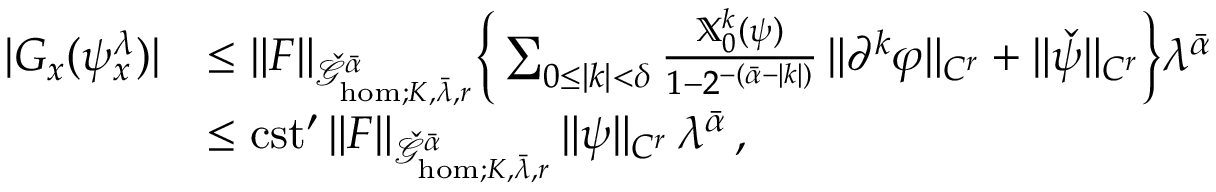
\begin{array} { r l } { | G _ { x } ( \psi _ { x } ^ { \lambda } ) | } & { \le \| F \| _ { \check { \mathcal { G } } _ { \mathrm { h o m } ; K , \bar { \lambda } , r } ^ { \bar { \alpha } } } \bigg \{ \sum _ { 0 \le | k | < \delta } \frac { \mathbb { X } _ { 0 } ^ { k } ( \psi ) } { 1 - 2 ^ { - ( \bar { \alpha } - | k | ) } } \, \| \partial ^ { k } \varphi \| _ { C ^ { r } } + \| \check { \psi } \| _ { C ^ { r } } \bigg \} \lambda ^ { \bar { \alpha } } } \\ & { \le \mathrm { c s t ^ { \prime } } \, \| F \| _ { \check { \mathcal { G } } _ { \mathrm { h o m } ; K , \bar { \lambda } , r } ^ { \bar { \alpha } } } \, \| \psi \| _ { C ^ { r } } \, \lambda ^ { \bar { \alpha } } \, , } \end{array}